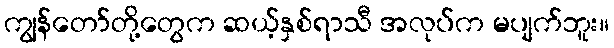
ကျွန်တော်တို့တွေက ဆယ့်နှစ်ရာသီ အလုပ်က မပျက်ဘူး။